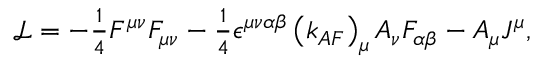
\begin{array} { r } { \mathrm { { \mathcal { L } } } = - \frac { 1 } { 4 } F ^ { \mu \nu } F _ { \mu \nu } - \frac { 1 } { 4 } \epsilon ^ { \mu \nu \alpha \beta } \left( k _ { A F } \right) _ { \mu } A _ { \nu } F _ { \alpha \beta } - A _ { \mu } J ^ { \mu } , } \end{array}